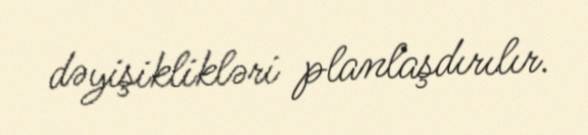
dəyişiklikləri planlaşdırılır.